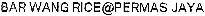
BAR WANG RICE@PERMAS JAYA